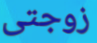
زوجتى